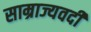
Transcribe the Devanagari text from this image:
साम्राज्यवदी